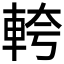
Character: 𮝎